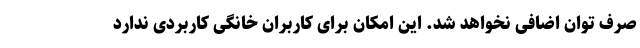
صرف توان اضافی نخواهد شد. این امکان برای کاربران خانگی کاربردی ندارد